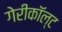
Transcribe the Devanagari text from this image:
गेरीकॉल्ट